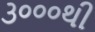
૩૦૦૦થી